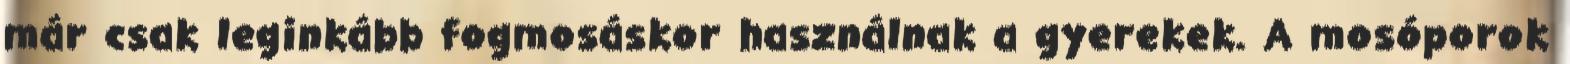
már csak leginkább fogmosáskor használnak a gyerekek. A mosóporok